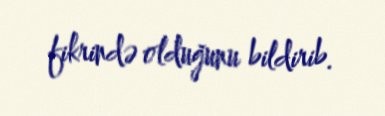
fikrində olduğunu bildirib.